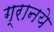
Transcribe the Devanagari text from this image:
ग्रानये